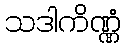
သဒါကိဏ္ဏံ